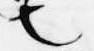
也